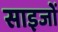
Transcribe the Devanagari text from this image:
साइजों